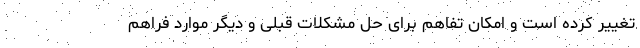
تغییر کرده است و امکان تفاهم برای حل مشکلات قبلی و دیگر موارد فراهم